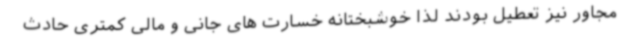
مجاور نیز تعطیل بودند لذا خوشبختانه خسارت های جانی و مالی کمتری حادث